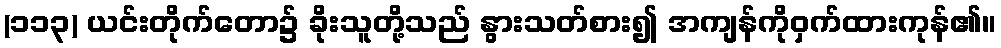
(၁၁၃) ယင်းတိုက်တော၌ ခိုးသူတို့သည် နွားသတ်စား၍ အကျန်ကိုဝှက်ထားကုန်၏။